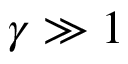
\gamma \gg 1